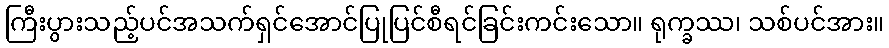
ကြီးပွားသည့်ပင်အသက်ရှင်အောင်ပြုပြင်စီရင်ခြင်းကင်းသော။ ရုက္ခဿ၊ သစ်ပင်အား။